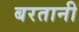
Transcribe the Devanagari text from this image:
बरतानी